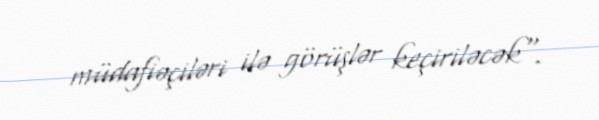
müdafiəçiləri ilə görüşlər keçiriləcək".